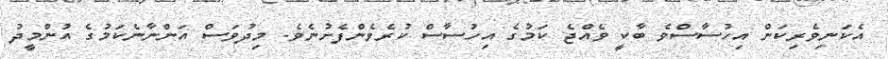
އެކަނިވެރިކަން އިހުސާސްވެ ބާކީ ވެއްޖެ ކަމުގެ އިހުސާސް ކުރެވެންފެށުނެވެ. މިދުވަސް އަންނާނެކަމުގެ އުންމީދު